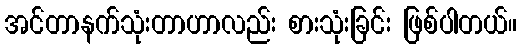
အင်တာနက်သုံးတာဟာလည်း စားသုံးခြင်း ဖြစ်ပါတယ်။